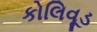
કોલિવૂડ